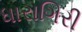
ધારાગિરી